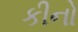
કીનો